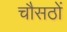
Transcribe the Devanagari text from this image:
चौसठों